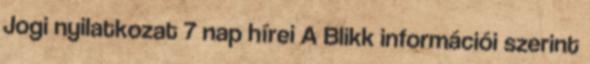
Jogi nyilatkozat 7 nap hírei A Blikk információi szerint